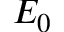
E _ { 0 }